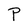
Character: P